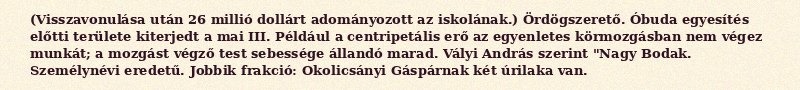
(Visszavonulása után 26 millió dollárt adományozott az iskolának.) Ördögszerető. Óbuda egyesítés előtti területe kiterjedt a mai III. Például a centripetális erő az egyenletes körmozgásban nem végez munkát; a mozgást végző test sebessége állandó marad. Vályi András szerint "Nagy Bodak. Személynévi eredetű. Jobbik frakció: Okolicsányi Gáspárnak két úrilaka van.